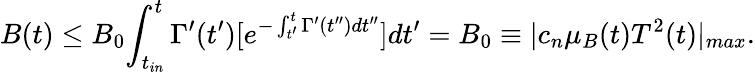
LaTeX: B(t)\leq B_{0}{\int_{t_{in}}^{t}{\Gamma^{\prime}(t^{\prime})[e^{-\int_{t^{\prime}}^{t}{\Gamma^{\prime}(t^{\prime\prime})dt^{\prime\prime}}}]dt^{\prime}}}=B_{0}\equiv|c_{n}\mu_{B}(t)T^{2}(t)|_{max}.